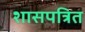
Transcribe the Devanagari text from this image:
शासपत्रित